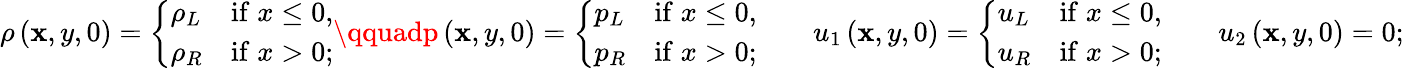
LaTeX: \rho\left(\mathbf{x},y,0\right)=\left\lbrace\begin{array}{lc}{\rho_{L}}&{\mathrm{if}\; x\le 0,}\\ {\rho_{R}}&{\mathrm{if}\; x>0;}\end{array}\right.\qquadp\left(\mathbf{x},y,0\right)=\left\lbrace\begin{array}{lc}{p_{L}}&{\mathrm{if}\; x\le 0,}\\ {p_{R}}&{\mathrm{if}\; x>0;}\end{array}\right.\qquad{u}_{1}\left(\mathbf{x},y,0\right)=\left\lbrace\begin{array}{lc}{u_{L}}&{\mathrm{if}\; x\le 0,}\\ {u_{R}}&{\mathrm{if}\; x>0;}\end{array}\right.\qquad{u}_{2}\left(\mathbf{x},y,0\right)=0;